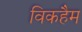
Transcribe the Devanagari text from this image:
विकहैम